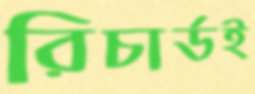
রিচার্ডই